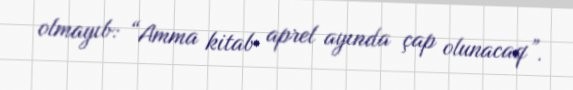
olmayıb: “Amma kitab aprel ayında çap olunacaq”.